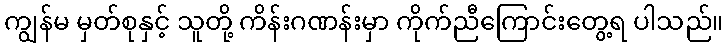
ကျွန်မ မှတ်စုနှင့် သူတို့ ကိန်းဂဏန်းမှာ ကိုက်ညီကြောင်းတွေ့ရ ပါသည်။